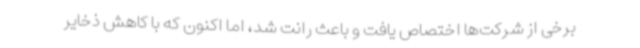
برخی از شرکت‌ها اختصاص یافت و باعث رانت شد، اما اکنون که با کاهش ذخایر